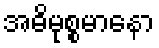
အဓိမုစ္စမာနော